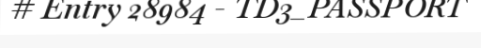
# Entry 28984 - TD3_PASSPORT